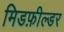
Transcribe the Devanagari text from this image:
मिडफ़ील्डर